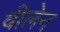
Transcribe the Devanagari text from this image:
वीलेन